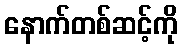
နောက်တစ်ဆင့်ကို